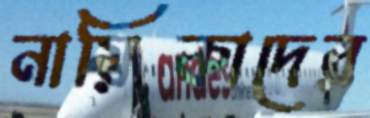
নায়িকাদের